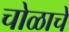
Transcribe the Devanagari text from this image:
चोळाचे